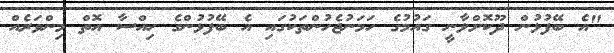
"އެ ބޭފުޅުން ދޫކޮށްލާނީ ގައުމުގެ ހަމަނުޖެހުންތަކުގައި އެ ބޭފުޅުންގެ ހިއްސާ އޮތް މިންވަރެއް